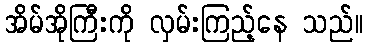
အိမ်အိုကြီးကို လှမ်းကြည့်နေ သည်။